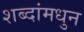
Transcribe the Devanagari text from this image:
शब्दांमधुन